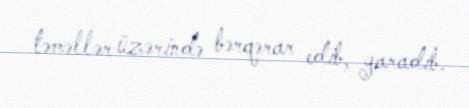
təməllər üzərində bərqərar edib, yaradıb.